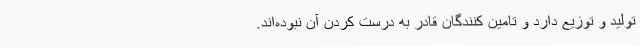
تولید و توزیع دارد و تامین کنندگان قادر به درست کردن آن نبوده‌اند.